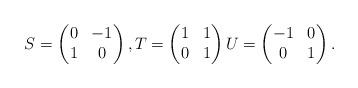
LaTeX: \begin{align*} S = \begin{pmatrix} 0 & -1 \\ 1 & 0 \end{pmatrix}, T = \begin{pmatrix} 1 & 1 \\ 0 & 1 \end{pmatrix} U = \begin{pmatrix} -1 & 0 \\ 0 & 1 \end{pmatrix}.\end{align*}